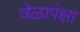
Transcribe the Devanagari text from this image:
वेळापेक्षा